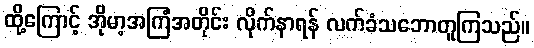
ထို့ကြောင့် အိုမာ့အကြံအတိုင်း လိုက်နာရန် လက်ခံသဘောတူကြသည်။